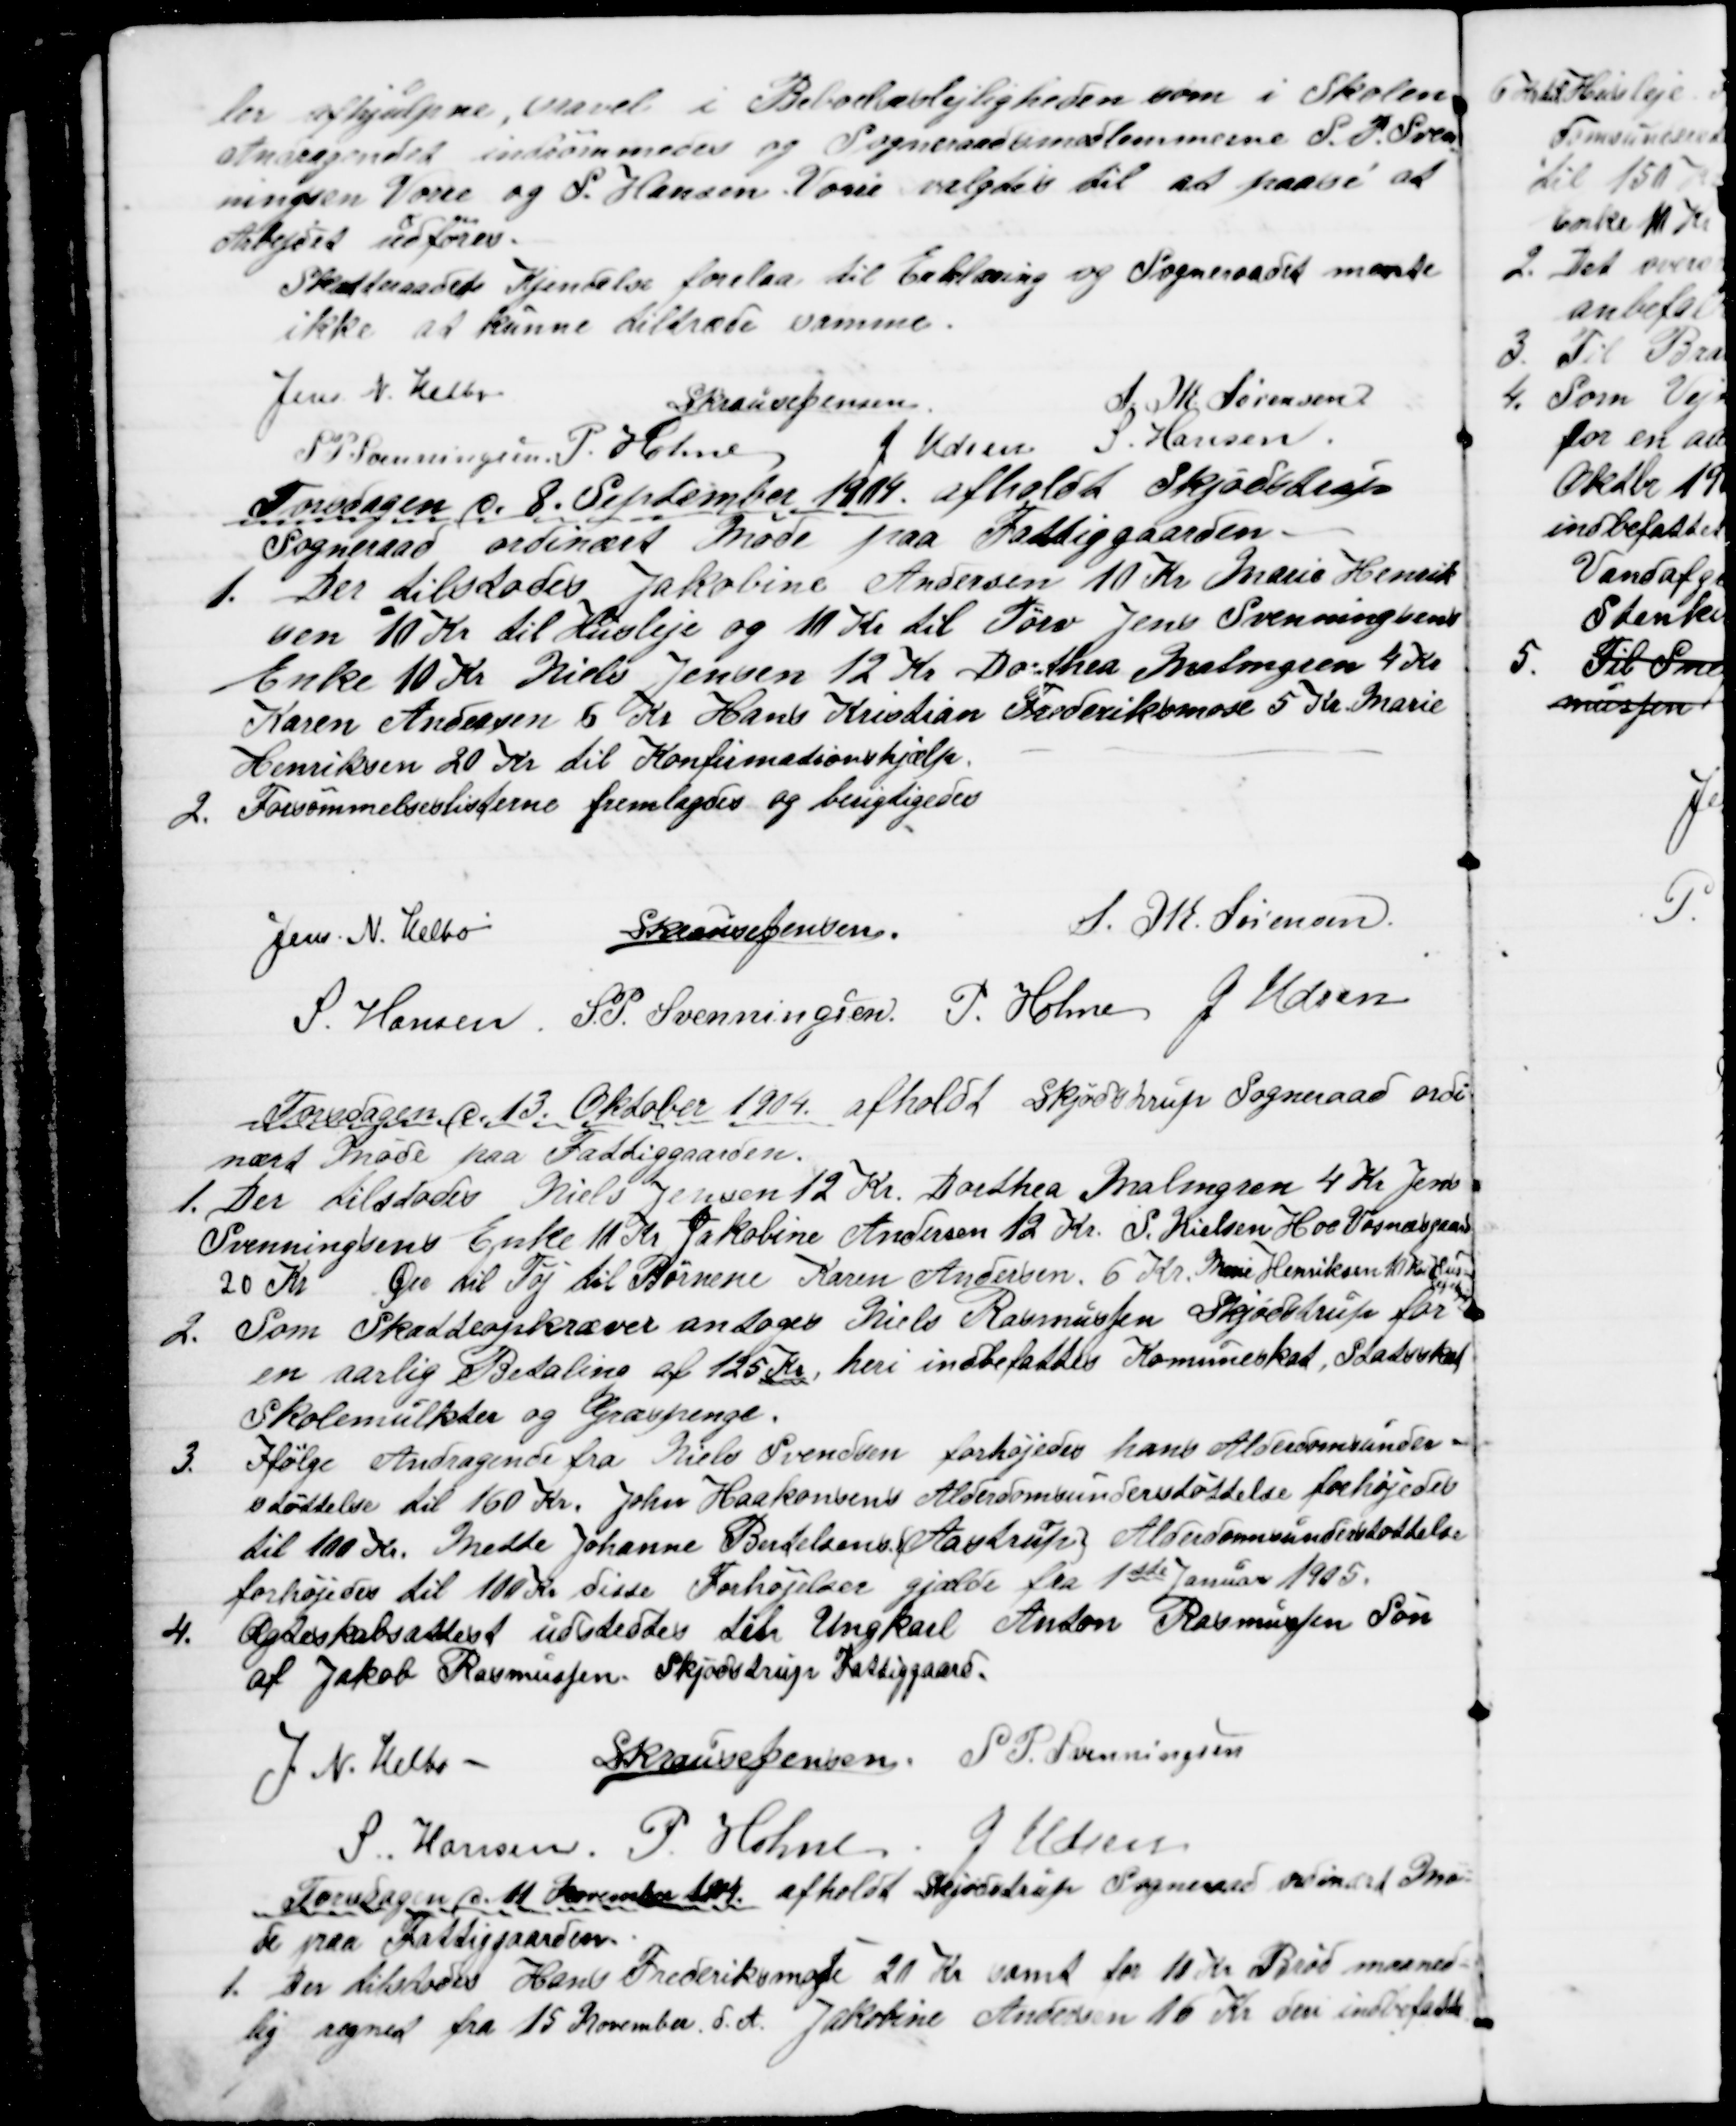
Transskription:
ler afhjulpne, saavel i Beboelseslejligheden som i Skolen
Andragendet indrømmedes og Sogneraadsmedlemmerne J. P. Sven
=
ningen Vorre og S. Hansen. Vorre valgtes til at paase at
Arbejdet udføres.
Skatteraadets Kjendelse forelaa til Erklæring og Sogneraadet mente
ikke at kunne tiltræde samme.
Jens N. Helbo
S Krause Jensen
S. M. Sørensen
S P. Svenningsen, P. Holme
J. Udsen S. Hansen
Torsdagen d. 8. September 1904. afholdt Skjødstrup
Sogneraad ordinært Møde paa Fattiggaarden.
1. Der tilstodes Jakobine Andersen 10 Kr Marie Henrik
sen 10 Kr til Husleje og 10 Kr til Tørv Jens Svenningsens
Enke 10 Kr Niels Jensen 12 Kr. Dorthea Malmgren 4 Kr
Karen Andersen 6 Kr Hans Kristian Frederiksmose 5 Kr Marie
Henriksen 20 Kr til Konfirmationshjælp.
2. Forsømmelseslisterne fremlagdes og berigtigedes
Jens N. Helbo
S Krause Jensen.
S. M. Sørensen
S. Hansen. S. P. Svenningsen P. Holme J. Udsen
Torsdagen d. 13. Oktober 1904 afholdt Skjødstrup Sogneraad ordi
nært Møde paa Fattiggaarden.
1. Der tilstodes Niels Jensen 12 Kr. Dorthea Malmgren 4 Kr Jens
Svenningsens Enke 11 Kr. Jakobine Andersen 12 Kr. S. Nielsen Hoe Vosnæsgaard
20 Kr  .Øre til Tøj til Børnene Karen Andersen. 6 Kr. Marie Henriksen 10Kr Hus=
lejehjælp
2.
Som Skatteopkræver antoges Niels Rasmussen Skjødstrup for
en aarlig Betaling af 125 Kr, heri indbefattes Komuneskat, Statsskat
Skolemulkter og Græspenge.
3.
Ifølge Andragende fra Niels Svendsen forhøjedes hans Alderdomsunder-
støttelse til 160 Kr. John Haakonsens Alderdomsunderstøttelse forhøjedes
til 100 Kr. Mette Johanne Bertelsens {Aastrup} Alderdomsunderstøttelse
forhøjedes til 100 Kr disse Forhøjelser gjælde fra 1ste Januar 1905.
4.
Ægteskabsattest udstedtes den Ungkarl Anton Rasmussen Søn
af Jakob Rasmussen Skjødstrup Fattiggaard.
J. N. Helbo
S Krause Jensen S. P. Svenningsen
S. Hansen. P. Holme. J Udsen
Torsdagen d. 11 November 1904. afholdt Skjødstrup Sogneraad ordinært Mø=
de paa Fattiggaarden.
1. Der tilstedes Hans Frederiksmose 20 Kr samt for 10 Kr Brød maaned-
lig regnet fra 15 November. d. A. Jakobine Andersen 16 Kr den indbefatte